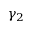
\gamma _ { 2 }